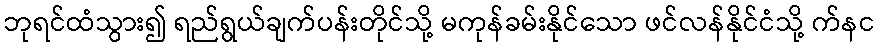
ဘုရင်ထံသွား၍ ရည်ရွယ်ချက်ပန်းတိုင်သို့ မကုန်ခမ်းနိုင်သော ဖင်လန်နိုင်ငံသို့ က်နင